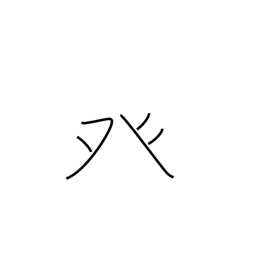
Meaning: dotted tent radical (no. 105)